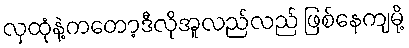
လှထုံနဲ့ကတော့ဒီလိုအူလည်လည် ဖြစ်နေကျမို့